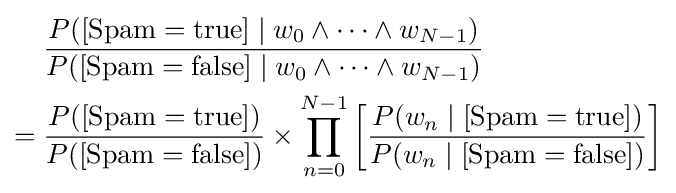
{\begin{aligned}&{\frac {P([{\text{Spam}}={\text{true}}]\mid w_{0}\wedge \cdots \wedge w_{N-1})}{P([{\text{Spam}}={\text{false}}]\mid w_{0}\wedge \cdots \wedge w_{N-1})}}\\={}&{\frac {P([{\text{Spam}}={\text{true}}])}{P([{\text{Spam}}={\text{false}}])}}\times \prod _{n=0}^{N-1}\left[{\frac {P(w_{n}\mid [{\text{Spam}}={\text{true}}])}{P(w_{n}\mid [{\text{Spam}}={\text{false}}])}}\right]\end{aligned}}